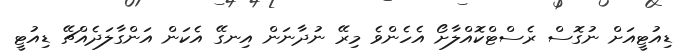
ޑިއުޓީއަށް ނުގޮސް ރެސްޓްކޮއްލާށޯ އެހެންވެ މިރޭ ނުދާނަން އިނގޭ އެކަން އަންގާލަދެއްޗޭ ޑިއުޓީ